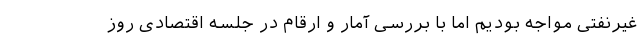
غیرنفتی مواجه بودیم اما با بررسی آمار و ارقام در جلسه اقتصادی روز